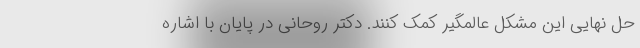
حل نهایی این مشکل عالمگیر کمک کنند. دکتر روحانی در پایان با اشاره